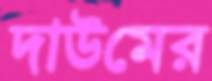
দাউমের